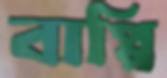
বাপ্পি